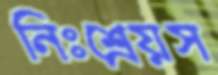
নিঃশ্রেয়স